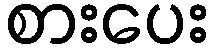
စားပေး